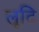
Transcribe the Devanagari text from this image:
लूटि